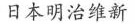
日本明治维新